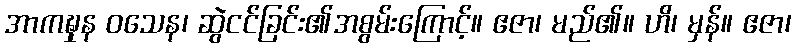
အာကဍ္ဎှန ဝသေန၊ ဆွဲငင်ခြင်း၏အစွမ်းကြောင့်။ ဧဇာ၊ မည်၏။ ဟိ၊ မှန်။ ဧဇာ၊